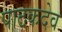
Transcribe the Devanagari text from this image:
पाठकदेव